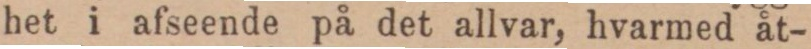
het i afseende på det allvar, hvarmed åt-